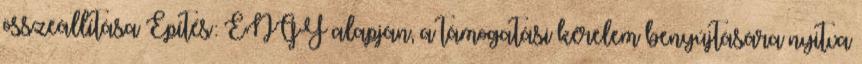
összeállítása Építés: ÉNGY alapján, a támogatási kérelem benyújtására nyitva